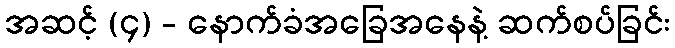
အဆင့် (၄) - နောက်ခံအခြေအနေနဲ့ ဆက်စပ်ခြင်း